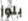
بلوز